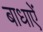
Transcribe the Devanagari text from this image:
बाधाऐं